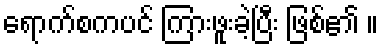
ရောက်စကပင် ကြားဖူးခဲ့ပြီး ဖြစ်၏ ။